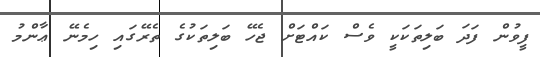
ފީވުން ފަދަ ބަލިތަކަކީ ވެސް ކައްޓަށް ޖެހޭ ބަލިތަކުގެ ތެރޭގައި ހިމެނޭ ޢާންމު